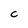
Character: C